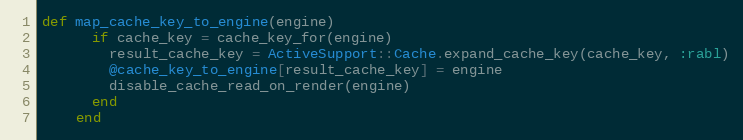
Language: Ruby
def map_cache_key_to_engine(engine)
      if cache_key = cache_key_for(engine)
        result_cache_key = ActiveSupport::Cache.expand_cache_key(cache_key, :rabl)
        @cache_key_to_engine[result_cache_key] = engine
        disable_cache_read_on_render(engine)
      end
    end